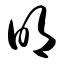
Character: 明